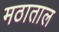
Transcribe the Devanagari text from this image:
मठाताल